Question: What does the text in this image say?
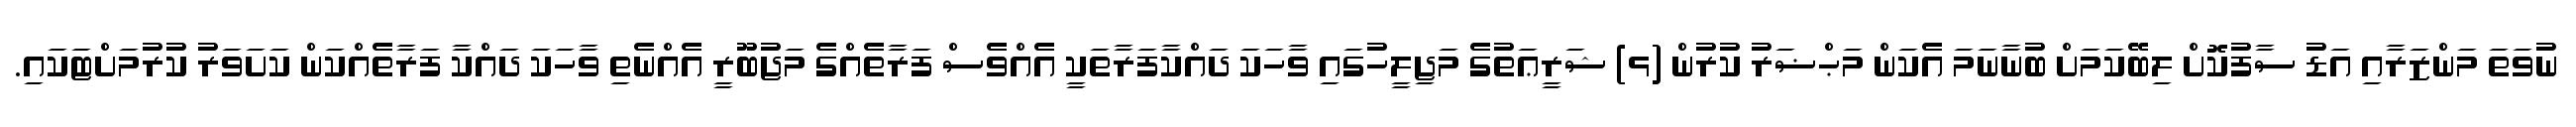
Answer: ނުވަތަ މަންޒަރާއި އަޑު ސާފުކޮށް ލިބޭކަމަށް ބުނާނަމަ އެކަން މަޙްޟަރު ކުރުން (ޅ) ޝަރީޢަތުގެ މަޖިލީހުގައި ވާހަކަ ދައްކާފަރާތަކީ އެއްވެސް ފަރާތެއްގެ މަޖުބޫރީ އެއްނެތި ވާހަކަ ދައްކާ ފަރާތެއްކަން ކަށަވަރު ކުރުމަށްޓަކައި.